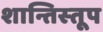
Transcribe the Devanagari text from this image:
शान्तिस्‍तूप